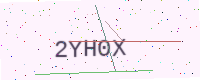
Text: 2YH0X